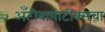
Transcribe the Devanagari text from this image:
अँटीबायोटीक्सचा